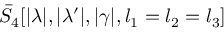
\bar { S } _ { 4 } [ | \lambda | , | \lambda ^ { \prime } | , | \gamma | , l _ { 1 } = l _ { 2 } = l _ { 3 } ]